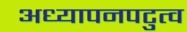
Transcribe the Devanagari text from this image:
अध्यापनपटुत्व